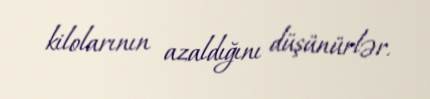
kilolarının azaldığını düşünürlər.